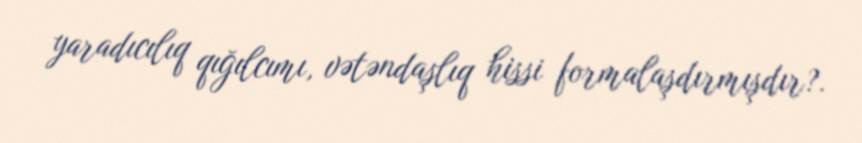
yaradıcılıq qığılcımı, vətəndaşlıq hissi formalaşdırmışdır?.